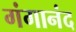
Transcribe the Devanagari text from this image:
गंगानंद